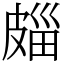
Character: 㿳